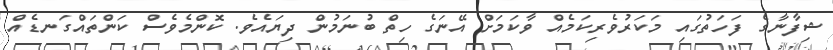
ޝިފާނާގެ ފަހަތުގައި މަކަރުވެރިކަމެއް ވާކަމަށް އޭނަގެ ހިތް ބުނަމުން ދިޔައެވެ. ކޮންމެވެސް ކަންތައްގަނޑެއް